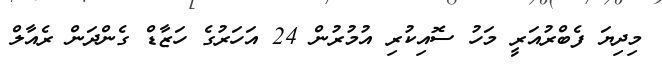
މިދިޔަ ފެބްރުއަރީ މަހު ސޮއިކުރި އުމުރުން 24 އަހަރުގެ ހަޒާޑް ގެންދަން ރެއާލް